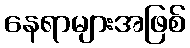
နေရာများအဖြစ်